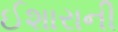
ઈશારાની